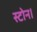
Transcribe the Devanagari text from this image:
स्टोन।